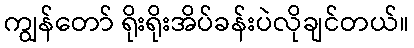
ကျွန်တော် ရိုးရိုးအိပ်ခန်းပဲလိုချင်တယ်။